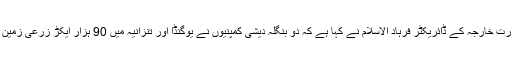
بنگلہ دیش کی وزارت خارجہ کے ڈائریکٹر فرہاد الاسلام نے کہا ہے کہ دو بنگلہ دیشی کمپنیوں نے یوگنڈا اور تنزانیہ میں 90 ہزار ایکڑ زرعی زمین ٹھیکے پر لی ہے۔